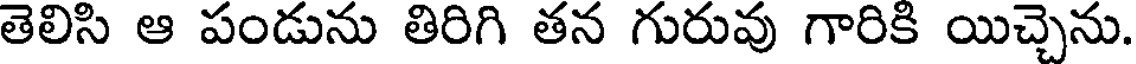
తెలిసి ఆ పండును తిరిగి తన గురువు గారికి యిచ్చెను.